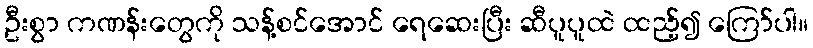
ဦးစွာ ကဏန်းတွေကို သန့်စင်အောင် ရေဆေးပြီး ဆီပူပူထဲ ထည့်၍ ကြော်ပါ။